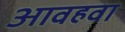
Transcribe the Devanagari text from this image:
आवहवा